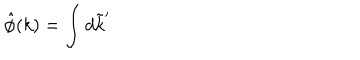
\hat { \phi } ( k ) = \int d \tilde { k } ^ { \prime }